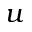
u